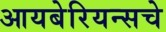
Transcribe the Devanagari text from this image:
आयबेरियन्सचे